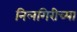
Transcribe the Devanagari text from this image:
निलगिरीच्या